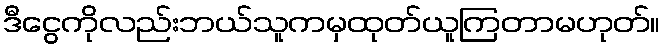
ဒီငွေကိုလည်းဘယ်သူကမှထုတ်ယူကြတာမဟုတ်။